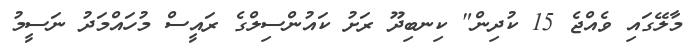
މާލޭގައި ވެއްޖެ 15 ކުދިން" ކިނބިދޫ ރަށު ކައުންސިލްގެ ރައީސް މުހައްމަދު ނަސީމު